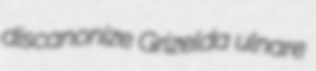
discanonize Grizelda ulnare